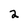
Character: 2